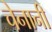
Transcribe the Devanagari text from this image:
चेनानी